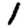
Digit: 1